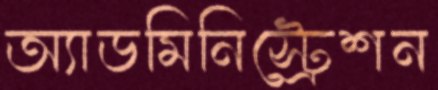
অ্যাডমিনিস্ট্রেশন